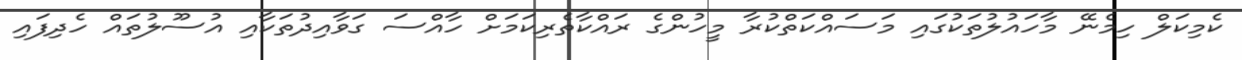
ކެމިކަލް ހިމެނޭ މާހައުލުތަކުގައި މަސައްކަތްކުރާ މީހުންގެ ރައްކާތެރިކަމަށް ހާއްސަ ގަވާއިދުތަކާއި އުސޫލުތައް ހެދިފައި